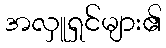
အလှူရှင်များ၏